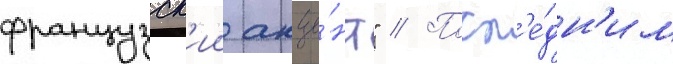
французск'ии акце́нт" // Посл'е́дн'им